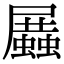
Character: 𧒝